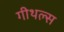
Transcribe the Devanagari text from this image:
गीथल्स